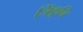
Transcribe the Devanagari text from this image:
जिंकूनि